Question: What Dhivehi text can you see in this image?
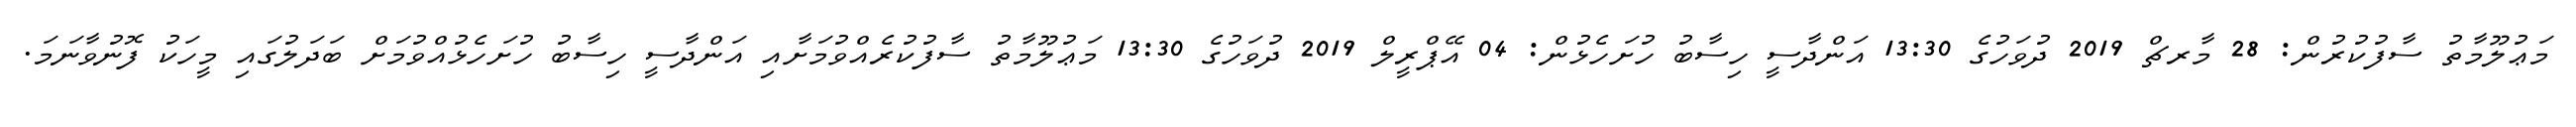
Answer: މަޢުލޫމާތު ސާފުކުރުން: 28 މާރޗް 2019 ދުވަހުގެ 13:30 އަންދާސީ ހިސާބު ހުށަހެޅުން: 04 އޭޕްރީލް 2019 ދުވަހުގެ 13:30 މަޢުލޫމާތު ސާފުކުރެއްވުމަށާއި އަންދާސީ ހިސާބު ހުށަހެޅުއްވުމަށް ބަދަލުގައި މީހަކު ފޮނުވާނަމަ.